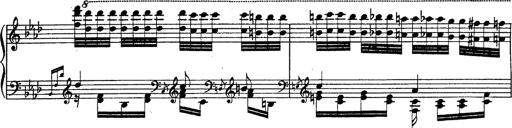
Title: Fantasie Ã¼ber Themen aus Mozarts Figaro und Don Giovanni
Composer: Franz Liszt